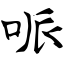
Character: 哌